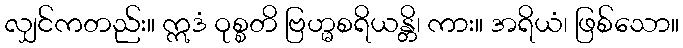
လျှင်ကတည်း။ ဣဒံ ဝုစ္စတိ ဗြဟ္မစရိယန္တိ၊ ကား။ အရိယံ၊ ဖြစ်သော။